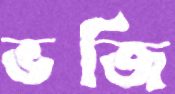
ভজি